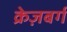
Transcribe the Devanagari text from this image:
क्रेज़बर्ग